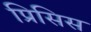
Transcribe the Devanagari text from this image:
प्रिसिस